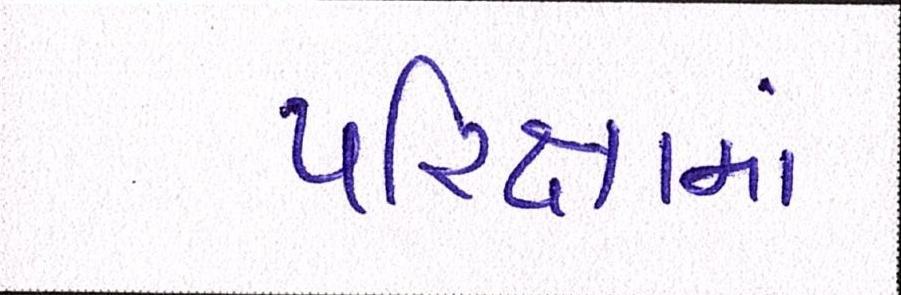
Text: પરિક્ષામાં